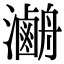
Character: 𤃯